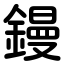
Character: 鏝